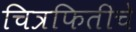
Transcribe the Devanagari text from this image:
चित्रफितीचे